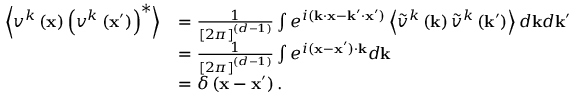
\begin{array} { r l } { \left\langle v ^ { k } \left( \mathbf { x } \right) \left( v ^ { k } \left( \mathbf { x } ^ { \prime } \right) \right) ^ { * } \right\rangle } & { = \frac { 1 } { \left[ 2 \pi \right] ^ { ( d - 1 ) } } \int e ^ { i ( \mathbf { k } \cdot \mathbf { x } - \mathbf { k } ^ { \prime } \cdot \mathbf { x } ^ { \prime } ) } \left\langle \tilde { v } ^ { k } \left( \mathbf { k } \right) \tilde { v } ^ { k } \left( \mathbf { k } ^ { \prime } \right) \right\rangle d \mathbf { k } d \mathbf { k } ^ { \prime } } \\ & { = \frac { 1 } { \left[ 2 \pi \right] ^ { ( d - 1 ) } } \int e ^ { i ( \mathbf { x } - \mathbf { x } ^ { \prime } ) \cdot \mathbf { k } } d \mathbf { k } } \\ & { = \delta \left( \mathbf { x } - \mathbf { x } ^ { \prime } \right) . } \end{array}